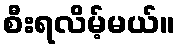
စီးရလိမ့်မယ်။